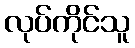
လုပ်ကိုင်သူ